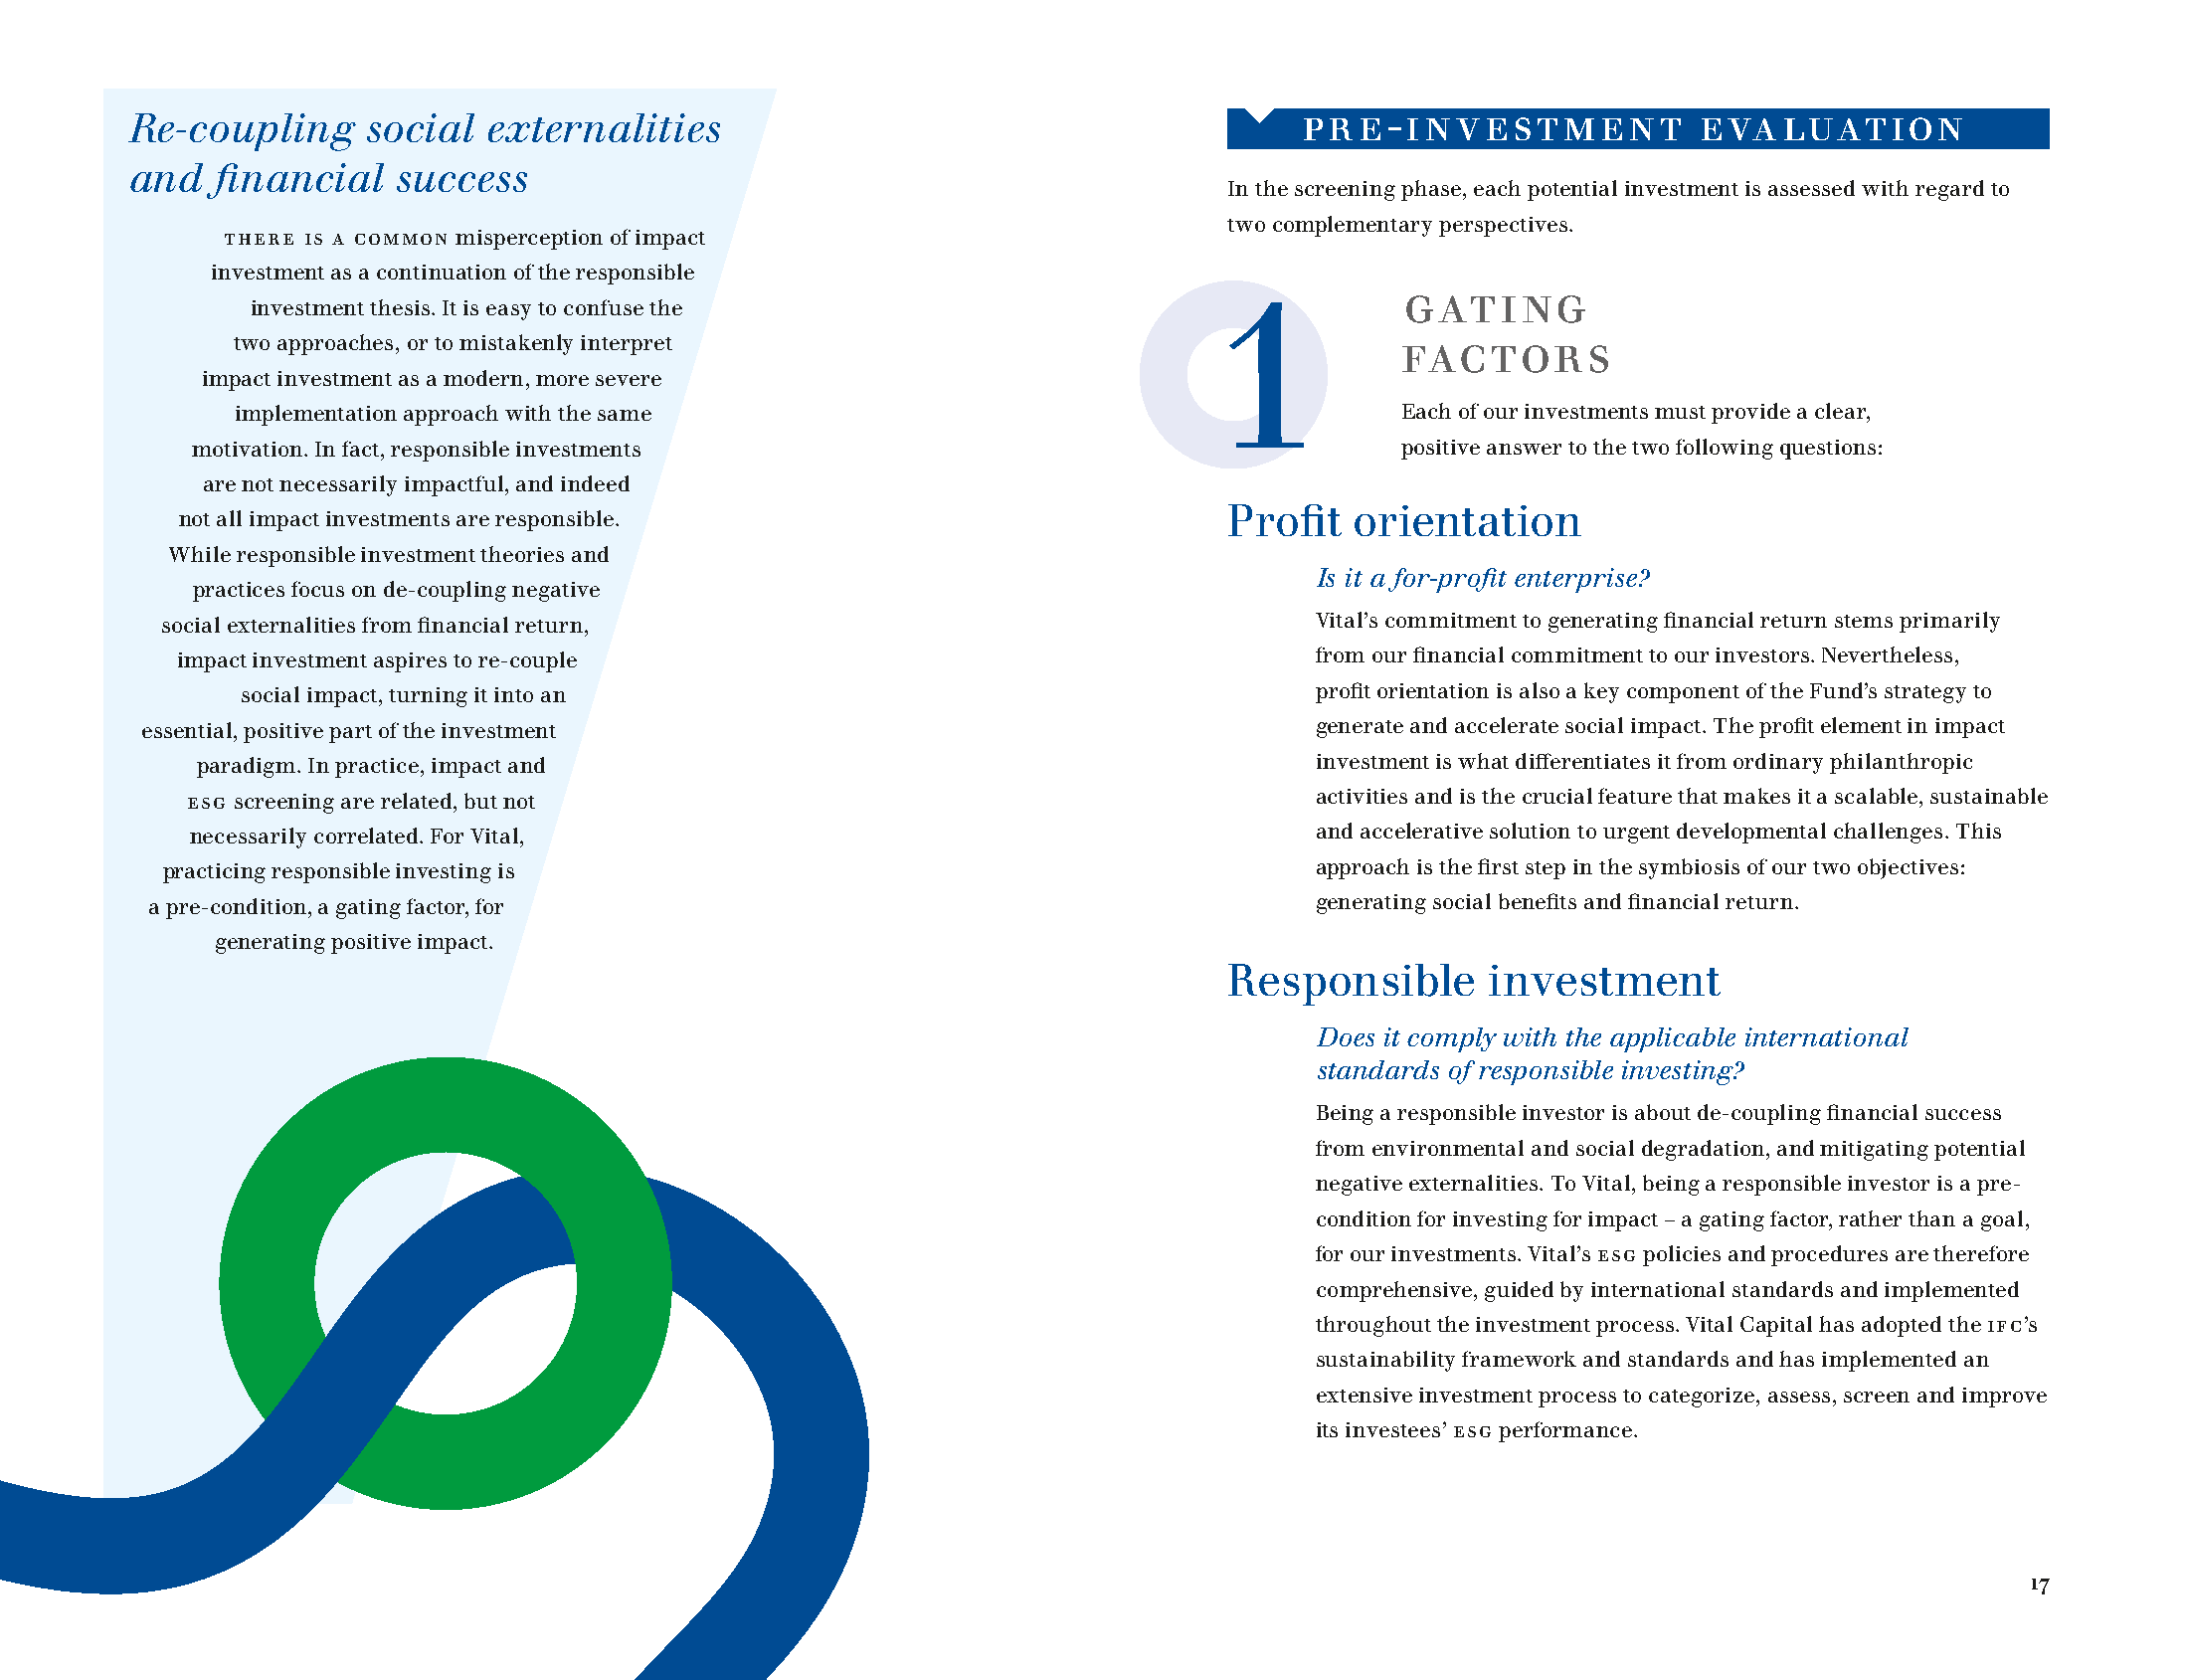
Re-coupling     social  externalities                                          pre-investment            evaluation
 and   financial   success
 In the screening phase, each potential investment is assessed with regard to
 two complementary perspectives.
 There is a common misperception of impact
 investment as a continuation of the responsible
 gating
 investment thesis. It is easy to confuse the                     1
 two approaches, or to mistakenly interpret                                   factors
 impact investment as a modern, more severe
 implementation approach with the same                                        Each of our investments must provide a clear,
 motivation. In fact, responsible investments                                    positive answer to the two following questions:
 are not necessarily impactful, and indeed
 Profit  orientation
 not all impact investments are responsible.
 While responsible investment theories and
 Is it a for-profit enterprise?
 practices focus on de-coupling negative
 social externalities from financial return,                                  Vital’s commitment to generating financial return stems primarily
 impact investment aspires to re-couple                                      from our financial commitment to our investors. Nevertheless,
 social impact, turning it into an                                       profit orientation is also a key component of the Fund’s strategy to
 essential, positive part of the investment                                     generate and accelerate social impact. The profit element in impact
 paradigm. In practice, impact and                                          investment is what differentiates it from ordinary philanthropic
 ESG screening are related, but not                                          activities and is the crucial feature that makes it a scalable, sustainable
 necessarily correlated. For Vital,                                         and accelerative solution to urgent developmental challenges. This
 practicing responsible investing is                                          approach is the first step in the symbiosis of our two objectives:
 a pre-condition, a gating factor, for                                         generating social benefits and financial return.
 generating positive impact.
 Responsible      investment
 Does it comply with the applicable international
 standards of responsible investing?
 Being a responsible investor is about de-coupling financial success
 from environmental and social degradation, and mitigating potential
 negative externalities. To Vital, being a responsible investor is a pre-
 condition for investing for impact – a gating factor, rather than a goal,
 for our investments. Vital’s ESG policies and procedures are therefore
 comprehensive, guided by international standards and implemented
 throughout the investment process. Vital Capital has adopted the IFC’s
 sustainability framework and standards and has implemented an
 extensive investment process to categorize, assess, screen and improve
 its investees’ ESG performance.
 17